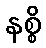
နစ္စိ